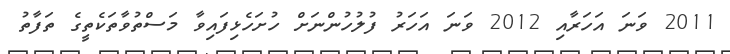
2011 ވަނަ އަހަރާއި 2012 ވަނަ އަހަރު ފުލުހުންނަށް ހުށަހެޅިފައިވާ މަސްތުވާތަކެތީގެ ތަފާތު